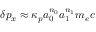
\delta p _ { x } \approx \kappa _ { p } a _ { 0 } ^ { n _ { 0 } } a _ { 1 } ^ { n _ { 1 } } m _ { e } c